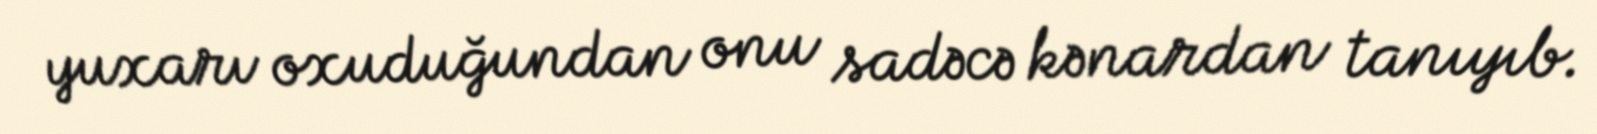
yuxarı oxuduğundan onu sadəcə kənardan tanıyıb.